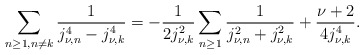
\begin{align*}\sum_{\substack{{n\geq1},{n\neq{k}}}}\frac{1}{j_{\nu,n}^4-{j_{\nu,k}^4}}=-\frac{1}{2j_{\nu,k}^2}\sum_{n\geq 1}\frac{1}{j_{\nu,n}^2+j_{\nu,k}^2}+\frac{\nu+2}{4j_{\nu,k}^4}.\end{align*}